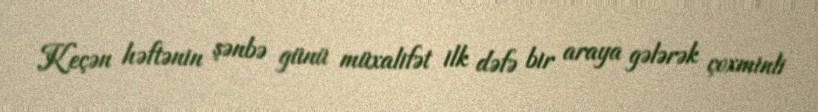
Keçən həftənin şənbə günü müxalifət ilk dəfə bir araya gələrək çoxminli